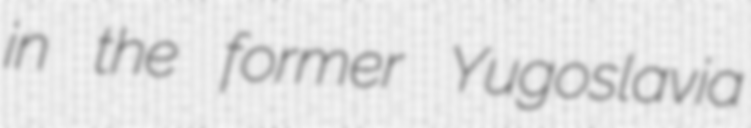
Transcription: in the former Yugoslavia